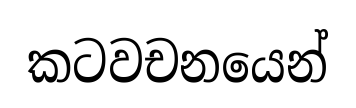
කටවචනයෙන්